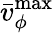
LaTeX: \bar{v}_{\phi}^{\operatorname*{max}}